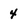
Character: 4